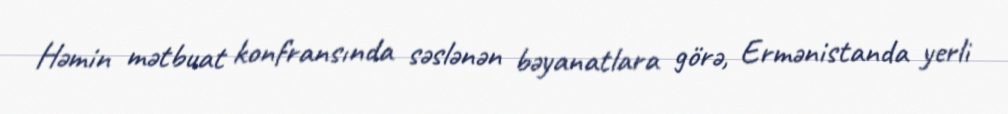
Həmin mətbuat konfransında səslənən bəyanatlara görə, Ermənistanda yerli